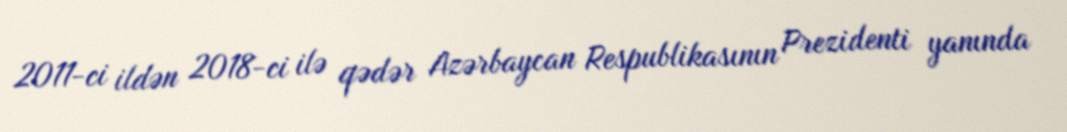
2011-ci ildən 2018-ci ilə qədər Azərbaycan Respublikasının Prezidenti yanında